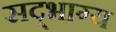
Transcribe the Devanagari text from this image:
सद्‌भाग्य